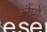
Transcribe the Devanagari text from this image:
लैंपो